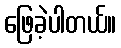
ဖြေခဲ့ပါတယ်။